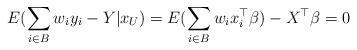
LaTeX: \begin{align*}E(\sum_{i\in B} w_i y_i - Y | x_U) = E(\sum_{i\in B} w_i x_i^{\top} \beta) - X^{\top} \beta = 0\end{align*}